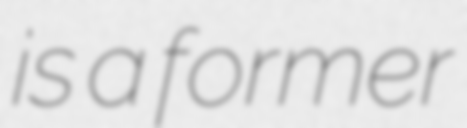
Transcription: is a former